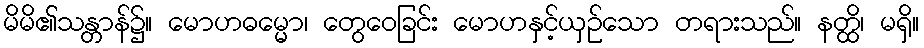
မိမိ၏သန္တာန်၌။ မောဟဓမ္မော၊ တွေဝေခြင်း မောဟနှင့်ယှဉ်သော တရားသည်။ နတ္ထိ၊ မရှိ။